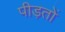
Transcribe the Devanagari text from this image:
पीड़तों